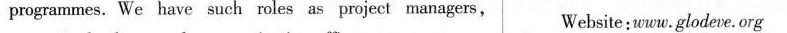
programmes. We have such roles as project managers, Website : www.Glodeve.org